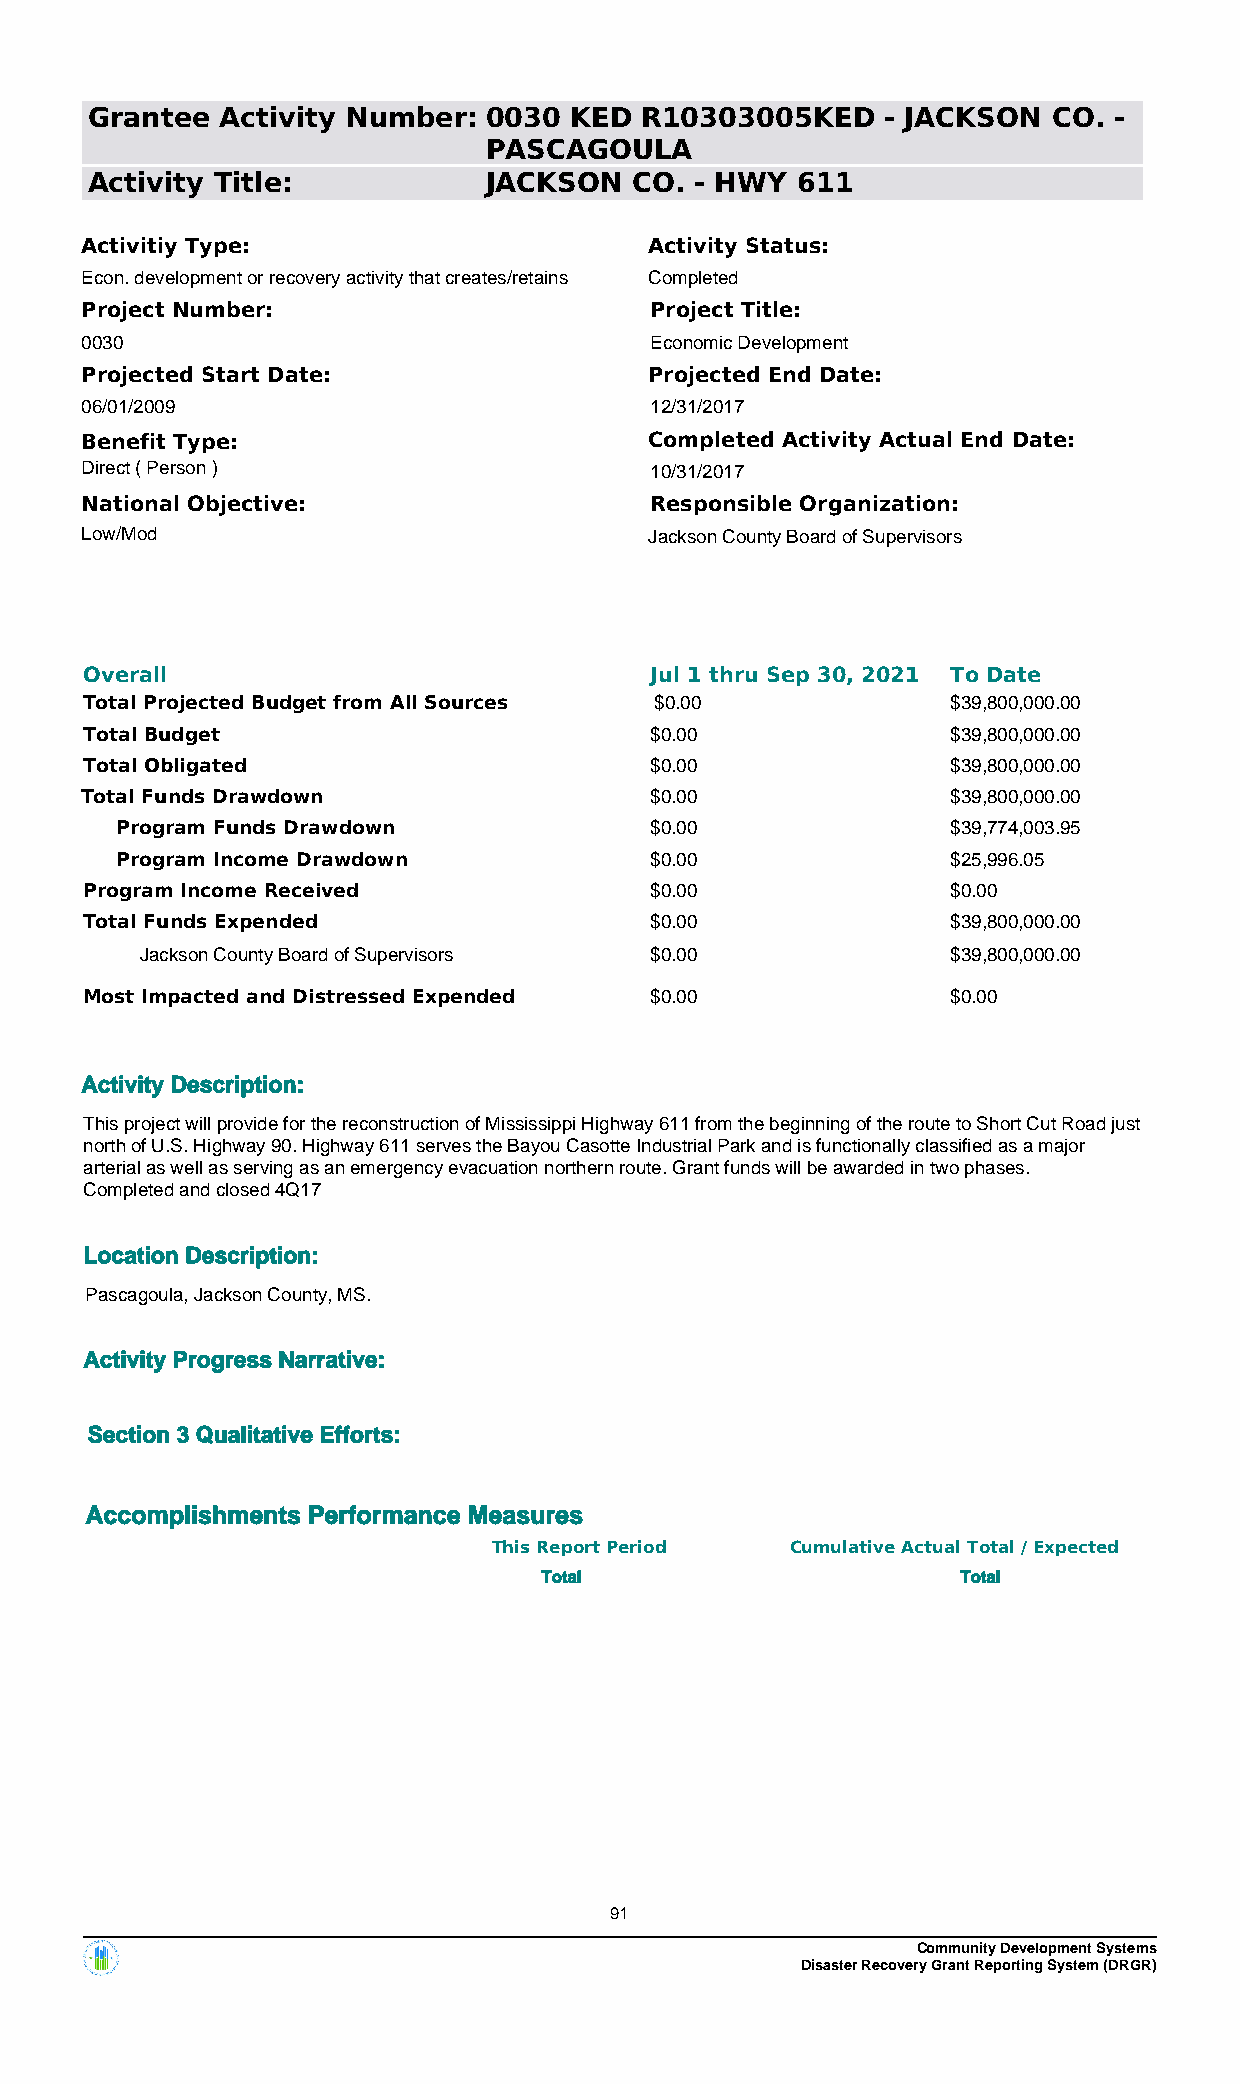
Grantee  Activity Number: 0030  KED R10303005KED     - JACKSON  CO. -
 PASCAGOULA
 Activity Title:           JACKSON   CO. - HWY  611
 Activitiy Type:                       Activity Status:
 Econ. development or recovery activity that creates/retains Completed
 Project Number:                       Project Title:
 0030                                  Economic Development
 Projected Start Date:                 Projected End Date:
 06/01/2009                            12/31/2017
 Benefit Type:                         Completed Activity Actual End Date:
 Direct ( Person )                     10/31/2017
 National Objective:                   Responsible Organization:
 Low/Mod                               Jackson County Board of Supervisors
 Overall                              Jul 1 thru Sep 30, 2021 To Date
 Total Projected Budget from All Sources $0.00            $39,800,000.00
 Total Budget                         $0.00               $39,800,000.00
 Total Obligated                      $0.00               $39,800,000.00
 Total Funds Drawdown                  $0.00               $39,800,000.00
 Program Funds Drawdown             $0.00               $39,774,003.95
 Program Income Drawdown            $0.00               $25,996.05
 Program Income Received              $0.00               $0.00
 Total Funds Expended                 $0.00               $39,800,000.00
 Jackson County Board of Supervisors $0.00             $39,800,000.00
 Most Impacted and Distressed Expended $0.00              $0.00
 Activity Description:
 This project will provide for the reconstruction of Mississippi Highway 611 from the beginning of the route to Short Cut Road just
 north of U.S. Highway 90. Highway 611 serves the Bayou Casotte Industrial Park and is functionally classified as a major
 arterial as well as serving as an emergency evacuation northern route. Grant funds will be awarded in two phases.
 Completed and closed 4Q17
 Location Description:
 Pascagoula, Jackson County, MS.
 Activity Progress Narrative:
 Section 3 Qualitative Efforts:
 Accomplishments Performance Measures
 This Report Period Cumulative Actual Total / Expected
 Total                       Total
 91
 Community Development Systems
 Disaster Recovery Grant Reporting System (DRGR)